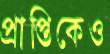
প্রাপ্তিকেও